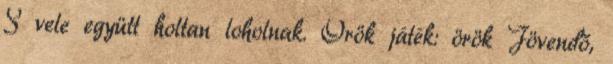
S vele együtt holtan loholnak. Örök játék: örök Jövendő,